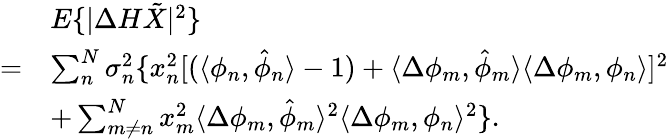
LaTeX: \begin{array}{rl}&{E\{ |\Delta H\tilde{X}|^{2}\} }\\ {=}&{\sum_{n}^{N}\sigma_{n}^{2}\{ x_{n}^{2}[(\langle\phi_{n},\hat{\phi}_{n}\rangle-1)+\langle\Delta\phi_{m},\hat{\phi}_{m}\rangle\langle\Delta\phi_{m},\phi_{n}\rangle]^{2}}\\ &{+\sum_{m\neq n}^{N}x_{m}^{2}\langle\Delta\phi_{m},\hat{\phi}_{m}\rangle^{2}\langle\Delta\phi_{m},\phi_{n}\rangle^{2}\} .}\end{array}